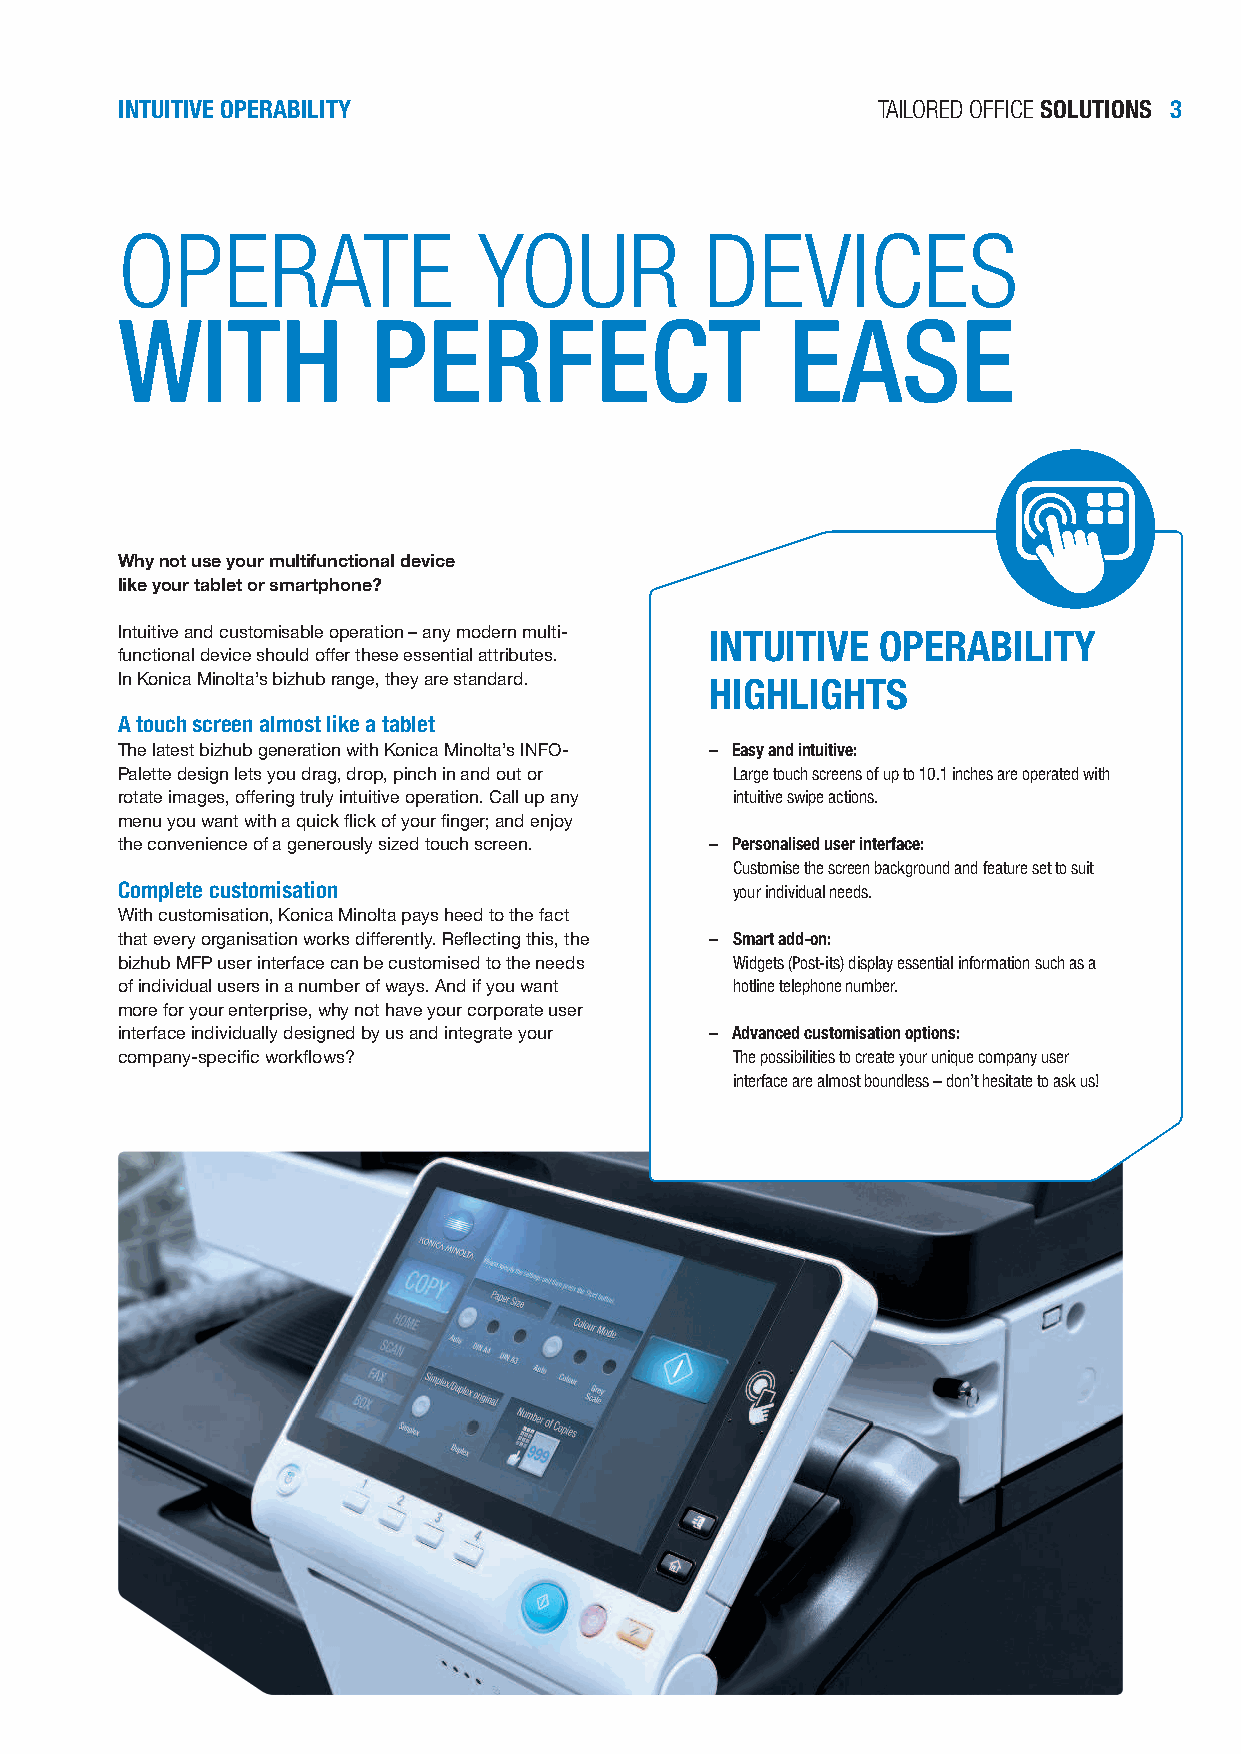
INTUITIVE OPERABILITY                             TAILORED OFFICE SOLUTIONS 3
 OPERATE                 YOUR           DEVICES
 WITH             PERFECT                    EASE
 Why not use your multifunctional device
 like your tablet or smartphone?
 Intuitive and customisable operation – any modern multi- INTUITIVE OPERABILITY
 functional device should ofer these essential attributes.
 In Konica Minolta’s bizhub range, they are standard. HIGHLIGHTS
 A touch screen almost like a tablet
 The latest bizhub generation with Konica Minolta’s INFO- – Easy and intuitive:
 Palette design lets you drag, drop, pinch in and out or Large touch screens of up to 10.1 inches are operated with
 rotate images, ofering truly intuitive operation. Call up any intuitive swipe actions.
 menu you want with a quick lick of your inger; and enjoy
 the convenience of a generously sized touch screen. – Personalised user interface:
 Customise the screen background and feature set to suit
 Complete customisation                  your individual needs.
 With customisation, Konica Minolta pays heed to the fact
 that every organisation works diferently. Relecting this, the – Smart add-on:
 bizhub MFP user interface can be customised to the needs Widgets (Post-its) display essential information such as a
 of individual users in a number of ways. And if you want hotline telephone number.
 more for your enterprise, why not have your corporate user
 interface individually designed by us and integrate your – Advanced customisation options:
 company-speciic worklows?               The possibilities to create your unique company user
 interface are almost boundless – don’t hesitate to ask us!